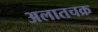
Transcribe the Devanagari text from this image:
अलातचक्र